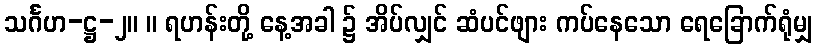
သင်္ဂဟ-ဋ္ဌ-၂။ ။ ရဟန်းတို့ နေ့အခါ ၌ အိပ်လျှင် ဆံပင်ဖျား ကပ်နေသော ရေခြောက်ရုံမျှ